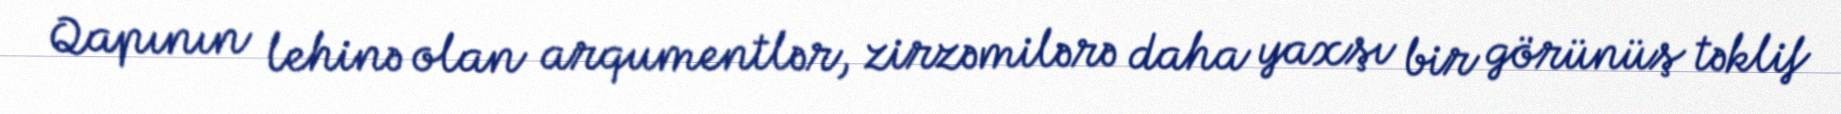
Qapının lehinə olan arqumentlər, zirzəmilərə daha yaxşı bir görünüş təklif